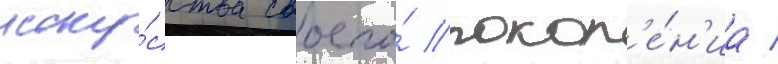
иску́сства своего́ покол'е́н'иа /